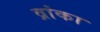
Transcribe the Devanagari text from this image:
व्रांका